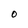
Character: 0